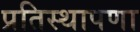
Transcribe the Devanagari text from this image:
प्रतिस्थापणा